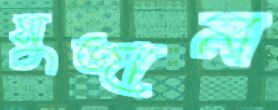
সুজান